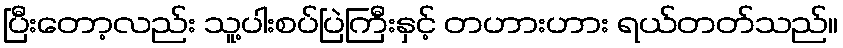
ပြီးတော့လည်း သူ့ပါးစပ်ပြဲကြီးနှင့် တဟားဟား ရယ်တတ်သည်။